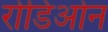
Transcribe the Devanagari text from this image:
रोडिओन